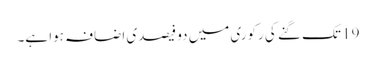
19 تک گنے کی رکوری میں دو فیصدی اضافہ ہوا ہے۔